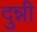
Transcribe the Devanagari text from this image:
दुन्नी